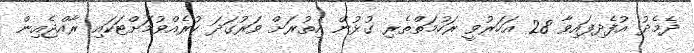
ދެމެދު އުފެދިފައިވާ 28 އަހަރުވީ ރަހުމަތްތެރި ގުޅުން އިތުރަށް ވަރުގަދަ ކުރެއްވުމަށްޓަކައި ރާއްޖެއިން